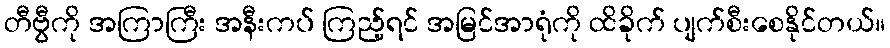
တီဗွီကို အကြာကြီး အနီးကပ် ကြည့်ရင် အမြင်အာရုံကို ထိခိုက် ပျက်စီးစေနိုင်တယ်။